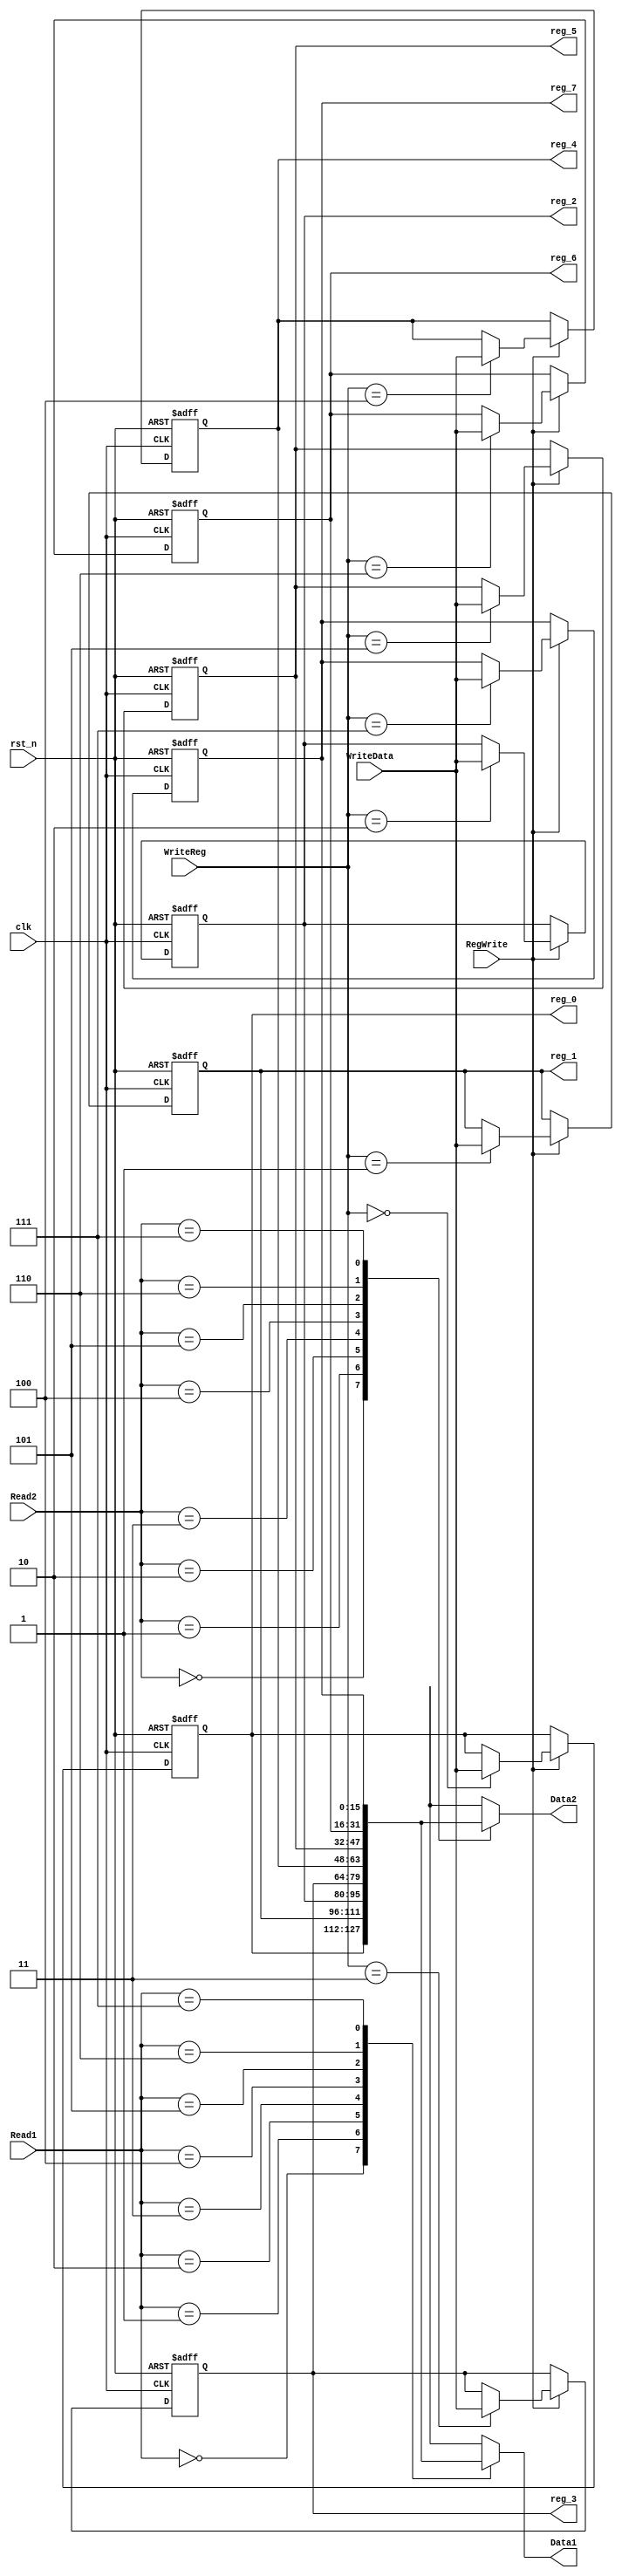
module RegisterFile(
	input [2:0] Read1,Read2,WriteReg,
	input [15:0] WriteData,
	input clk,rst_n,RegWrite,
	output [15:0] Data1,Data2,
	output [15:0] reg_1,reg_2,reg_3,reg_4,reg_5,reg_6,reg_7,reg_0);
	reg [15:0] RegFile [7:0];
	assign Data1 = RegFile [Read1];
	assign Data2 = RegFile [Read2];
	assign reg_0 = RegFile[0];
	assign reg_1 = RegFile[1];
	assign reg_2 = RegFile[2];
	assign reg_3 = RegFile[3];
	assign reg_4 = RegFile[4];
	assign reg_5 = RegFile[5];
	assign reg_6 = RegFile[6];
	assign reg_7 = RegFile[7];
	always @ (posedge clk or negedge rst_n) begin
		if(!rst_n) begin
			RegFile [0] <= 16'd0;
			RegFile [1] <= 16'd0;
			RegFile [2] <= 16'd0;
			RegFile [3] <= 16'd0;
			RegFile [4] <= 16'd0;
			RegFile [5] <= 16'd0;
			RegFile [6] <= 16'd0;
			RegFile [7] <= 16'd0;
		end else begin
			if(RegWrite==1'b1) begin
				RegFile [WriteReg] <= WriteData;
			end else begin
				RegFile [0] <= RegFile [0];
				RegFile [1] <= RegFile [1];
				RegFile [2] <= RegFile [2];
				RegFile [3] <= RegFile [3];
				RegFile [4] <= RegFile [4];
				RegFile [5] <= RegFile [5];
				RegFile [6] <= RegFile [6];
				RegFile [7] <= RegFile [7];
			end
		end
	end
endmodule